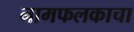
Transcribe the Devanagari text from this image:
नामफलकाचा